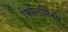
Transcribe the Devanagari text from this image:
फिलिसिनस